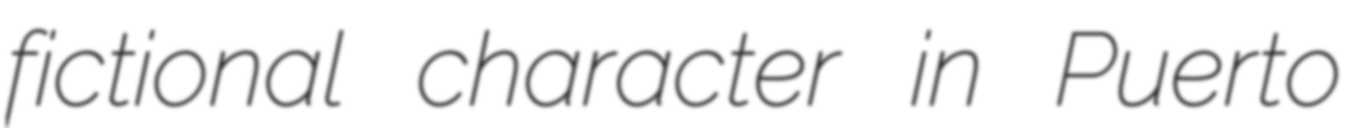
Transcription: fictional character in Puerto